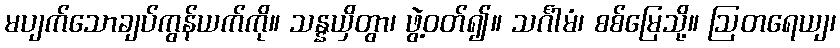
မပျက်သောချပ်ကွန်ယက်ကို။ သန္နယှိတွာ၊ ဖွဲ့ဝတ်၍။ သင်္ဂါမံ၊ စစ်မြေသို့။ ဩတရေယျ၊